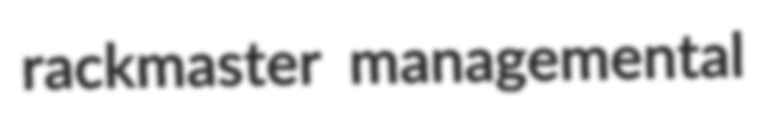
rackmaster managemental